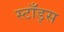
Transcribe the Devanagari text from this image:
स्टाँड्स